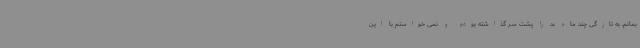
بمانم. به تازگی چند ماه بد را پشت سر گذاشته بودم و نمی خواستم با این